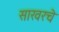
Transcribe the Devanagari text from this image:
साखरचे